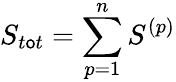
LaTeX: S_{t\mathsf{o}t}=\sum_{p=1}^{n}S^{(p)}